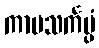
ကာမသင်္ကပ္ပံ